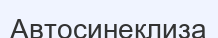
Автосинеклиза